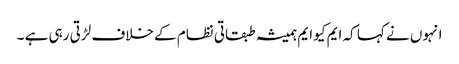
انہوں نے کہا کہ ایم کیو ایم ہمیشہ طبقاتی نظام کے خلاف لڑتی رہی ہے ۔